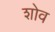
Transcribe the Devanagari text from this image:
शोव